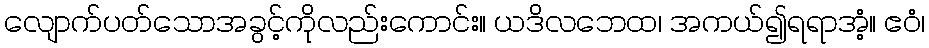
လျောက်ပတ်သောအခွင့်ကိုလည်းကောင်း။ ယဒိလဘေထ၊ အကယ်၍ရရာအံ့။ ဧဝံ၊